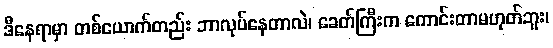
ဒီနေရာမှာ တစ်ယောက်တည်း ဘာလုပ်နေတာလဲ၊ ခေတ်ကြီးက ကောင်းတာမဟုတ်ဘူး၊